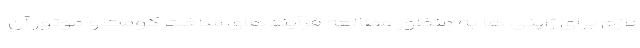
لازم برای ژاپنی ها به منظور مطالعه فرآیندهای ساخت کومت و موتور آن